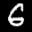
Label: 6